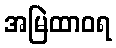
အမြဲထာဝရ